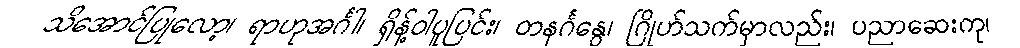
သိအောင်ပြုလော့၊ ရာဟုအင်္ဂါ၊ ရှိန့်ဝါပူပြင်း၊ တနင်္ဂနွေ၊ ဂြိုဟ်သက်မှာလည်း၊ ပညာဆေးကု၊